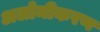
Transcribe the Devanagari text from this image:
अलोमीकरण